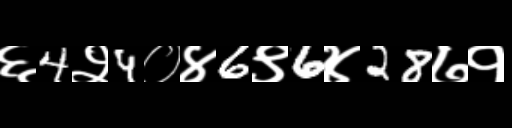
Text: ६4२4०४6९6४28७१